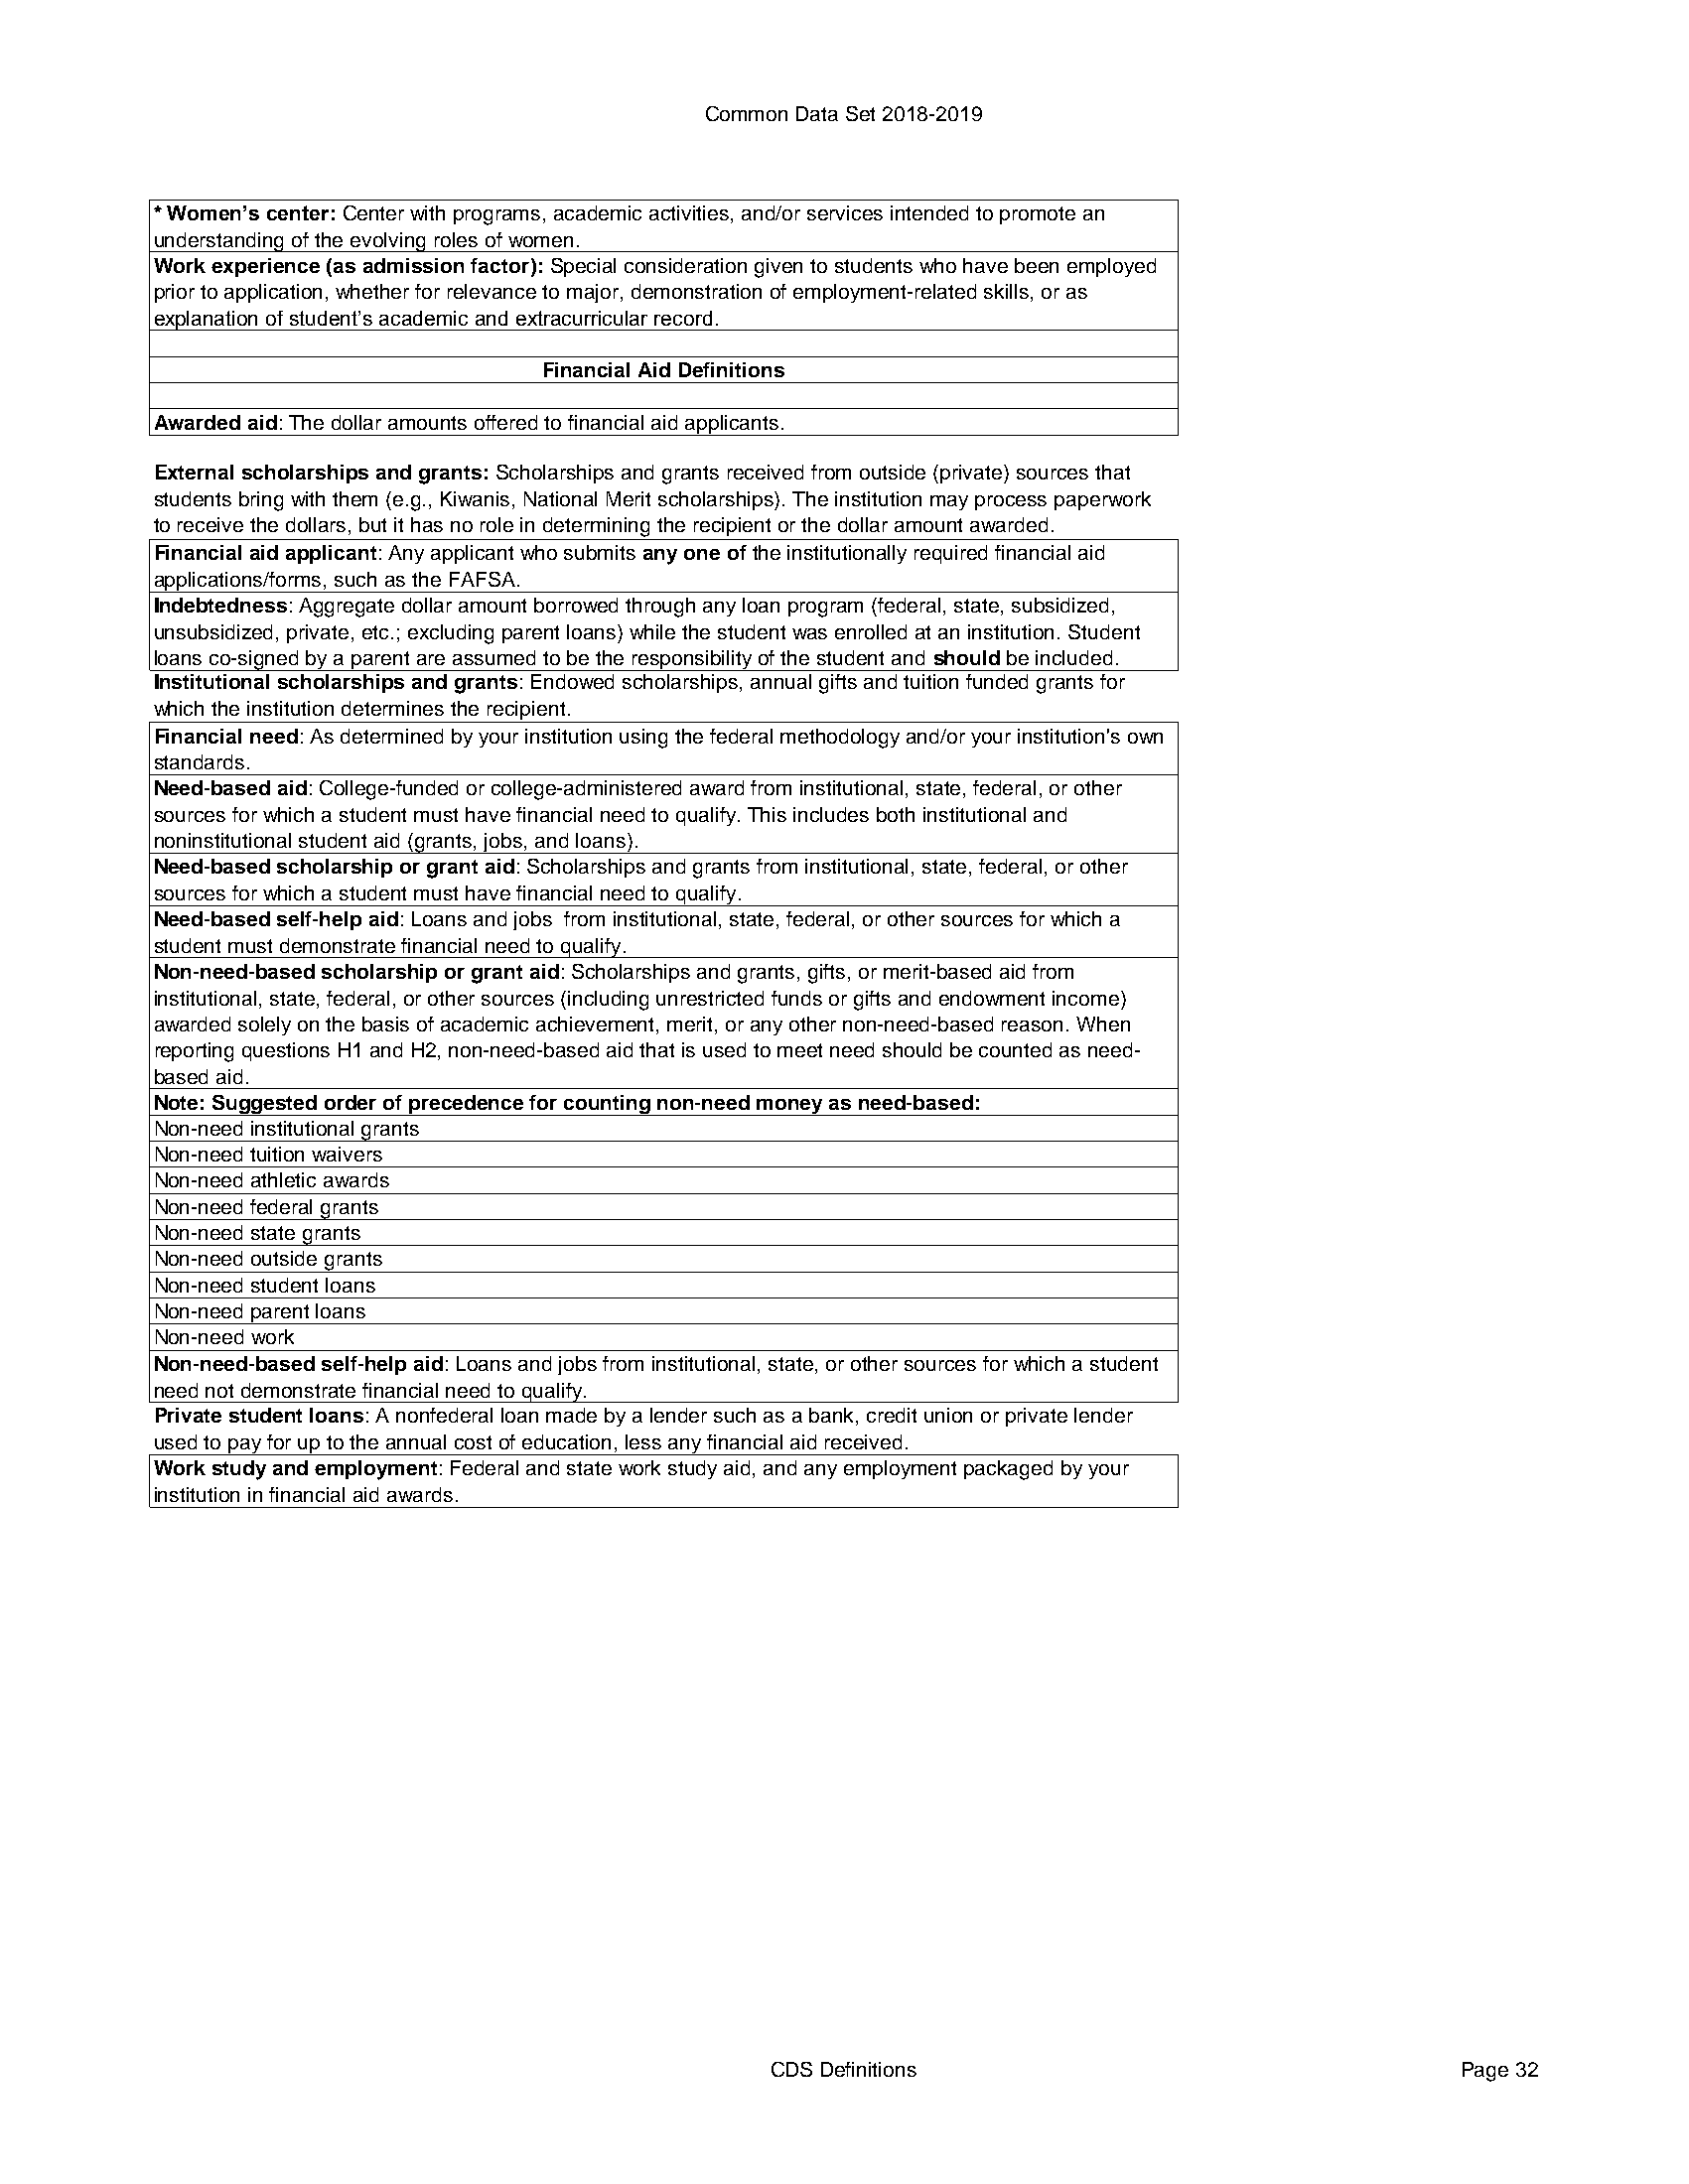
Common Data Set 2018-2019
 * Women’s center: Center with programs, academic activities, and/or services intended to promote an
 understanding of the evolving roles of women.
 Work experience (as admission factor): Special consideration given to students who have been employed
 prior to application, whether for relevance to major, demonstration of employment-related skills, or as
 explanation of student’s academic and extracurricular record.
 Financial Aid Definitions
 Awarded aid: The dollar amounts offered to financial aid applicants.
 External scholarships and grants: Scholarships and grants received from outside (private) sources that
 students bring with them (e.g., Kiwanis, National Merit scholarships). The institution may process paperwork
 to receive the dollars, but it has no role in determining the recipient or the dollar amount awarded.
 Financial aid applicant: Any applicant who submits any one of the institutionally required financial aid
 applications/forms, such as the FAFSA.
 Indebtedness: Aggregate dollar amount borrowed through any loan program (federal, state, subsidized,
 unsubsidized, private, etc.; excluding parent loans) while the student was enrolled at an institution. Student
 loans co-signed by a parent are assumed to be the responsibility of the student and should be included.
 Institutional scholarships and grants: Endowed scholarships, annual gifts and tuition funded grants for
 which the institution determines the recipient.
 Financial need: As determined by your institution using the federal methodology and/or your institution's own
 standards.
 Need-based aid: College-funded or college-administered award from institutional, state, federal, or other
 sources for which a student must have financial need to qualify. This includes both institutional and
 noninstitutional student aid (grants, jobs, and loans).
 Need-based scholarship or grant aid: Scholarships and grants from institutional, state, federal, or other
 sources for which a student must have financial need to qualify.
 Need-based self-help aid: Loans and jobs from institutional, state, federal, or other sources for which a
 student must demonstrate financial need to qualify.
 Non-need-based scholarship or grant aid: Scholarships and grants, gifts, or merit-based aid from
 institutional, state, federal, or other sources (including unrestricted funds or gifts and endowment income)
 awarded solely on the basis of academic achievement, merit, or any other non-need-based reason. When
 reporting questions H1 and H2, non-need-based aid that is used to meet need should be counted as need-
 based aid.
 Note: Suggested order of precedence for counting non-need money as need-based:
 Non-need institutional grants
 Non-need tuition waivers
 Non-need athletic awards
 Non-need federal grants
 Non-need state grants
 Non-need outside grants
 Non-need student loans
 Non-need parent loans
 Non-need work
 Non-need-based self-help aid: Loans and jobs from institutional, state, or other sources for which a student
 need not demonstrate financial need to qualify.
 Private student loans: A nonfederal loan made by a lender such as a bank, credit union or private lender
 used to pay for up to the annual cost of education, less any financial aid received.
 Work study and employment: Federal and state work study aid, and any employment packaged by your
 institution in financial aid awards.
 CDS Definitions                               Page 32